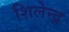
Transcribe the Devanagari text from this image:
शिलेन्द्र